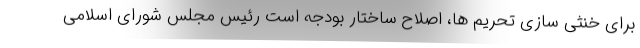
برای خنثی سازی تحریم ها، اصلاح ساختار بودجه است رئیس مجلس شورای اسلامی